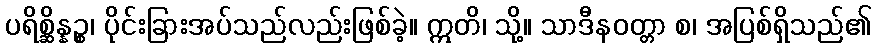
ပရိစ္ဆိန္နဉ္စ၊ ပိုင်းခြားအပ်သည်လည်းဖြစ်ခဲ့။ ဣတိ၊ သို့။ သာဒီနဝတ္တာ စ၊ အပြစ်ရှိသည်၏